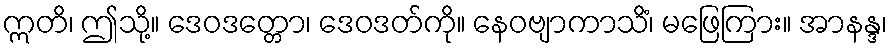
ဣတိ၊ ဤသို့။ ဒေဝဒတ္တော၊ ဒေဝဒတ်ကို။ နေဝဗျာကာသိံ၊ မဖြေကြား။ အာနန္ဒ၊